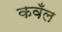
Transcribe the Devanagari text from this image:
कवँल